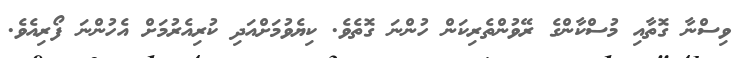
ވިސްނާ ގޮތާއި މުސްކާންގެ ރޭވުންތެރިކަން ހުންނަ ގޮތެވެ. ކިޔެވުމަށްއަދި ކުރިއެރުމަށް އެހުންނަ ފޯރިއެވެ.